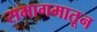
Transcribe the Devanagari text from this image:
समागमातून